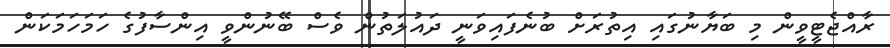
ރާއްޖެޓީވީން މި ބަޔާނުގައި އިތުރަށް ބުނެފައިވަނީ ދައުލަތުން ވެސް ބޭނުންވީ އިންސާފުގެ ހަމަހަމަކަން